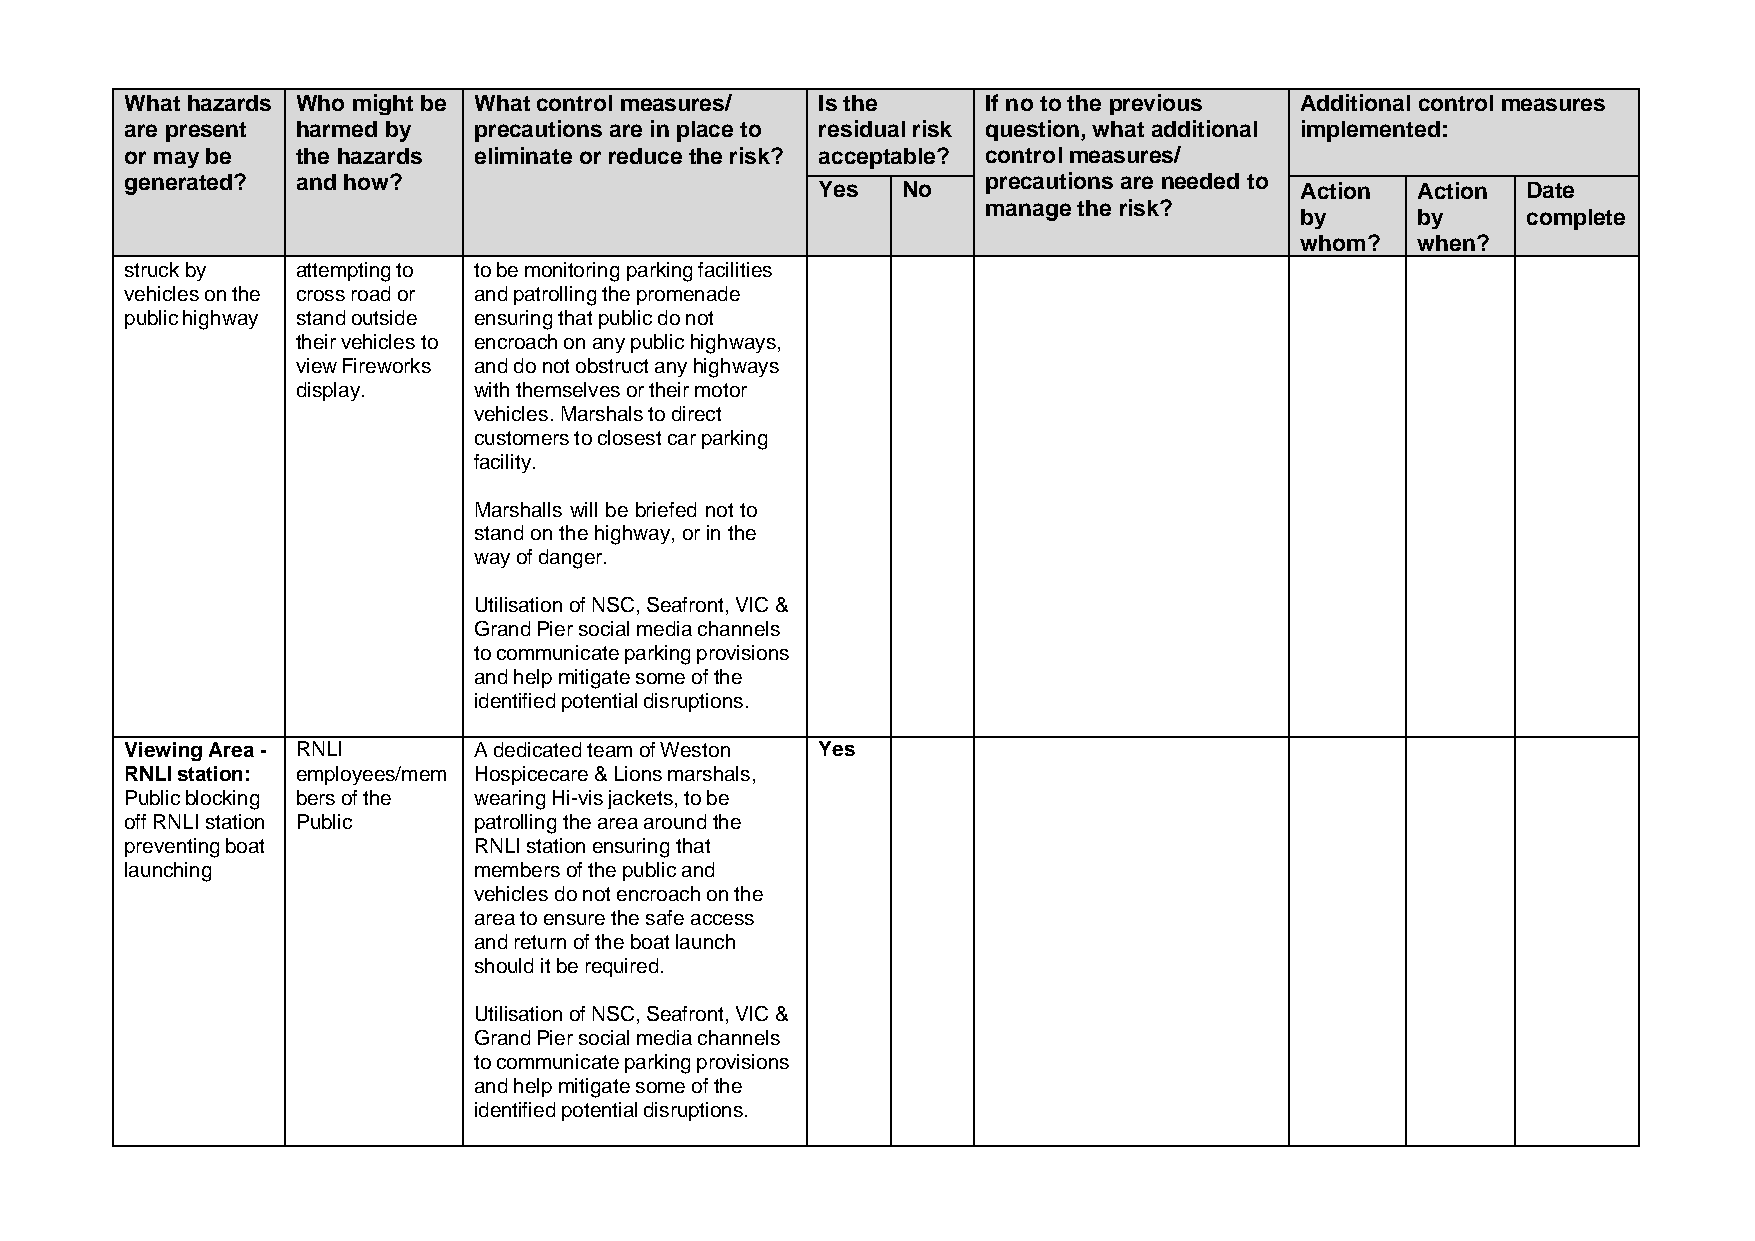
What hazards Who might be What control measures/ Is the  If no to the previous Additional control measures
 are present harmed by  precautions are in place to residual risk question, what additional implemented:
 or may be   the hazards eliminate or reduce the risk? acceptable? control measures/
 generated?  and how?                                     precautions are needed to
 Yes   No                        Action  Action Date
 manage the risk?
 by      by     complete
 whom?   when?
 struck by   attempting to to be monitoring parking facilities
 vehicles on the cross road or and patrolling the promenade
 public highway stand outside ensuring that public do not
 their vehicles to encroach on any public highways,
 view Fireworks and do not obstruct any highways
 display.   with themselves or their motor
 vehicles. Marshals to direct
 customers to closest car parking
 facility.
 Marshalls will be briefed not to
 stand on the highway, or in the
 way of danger.
 Utilisation of NSC, Seafront, VIC &
 Grand Pier social media channels
 to communicate parking provisions
 and help mitigate some of the
 identified potential disruptions.
 Viewing Area - RNLI    A dedicated team of Weston Yes
 RNLI station: employees/mem Hospicecare & Lions marshals,
 Public blocking bers of the wearing Hi-vis jackets, to be
 off RNLI station Public patrolling the area around the
 preventing boat        RNLI station ensuring that
 launching              members of the public and
 vehicles do not encroach on the
 area to ensure the safe access
 and return of the boat launch
 should it be required.
 Utilisation of NSC, Seafront, VIC &
 Grand Pier social media channels
 to communicate parking provisions
 and help mitigate some of the
 identified potential disruptions.